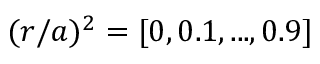
( r / a ) ^ { 2 } = [ 0 , 0 . 1 , . . . , 0 . 9 ]